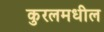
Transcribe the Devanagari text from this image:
कुरलमधील